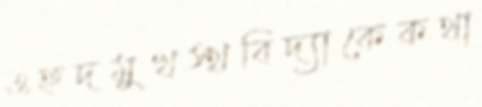
ওহুদমুখস্থবিদ্যাকেকথা